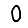
Digit: 0